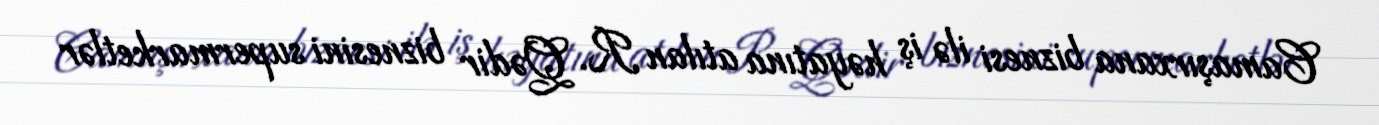
Camaşırxana biznesi ilə iş həyatına atılan R. Qədir biznesini supermarketlər